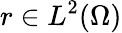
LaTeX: r\in L^{2}(\Omega)